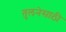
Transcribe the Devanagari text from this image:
तुलनेसाठी